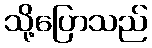
သို့ပြောသည်